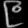
Digit: ၉